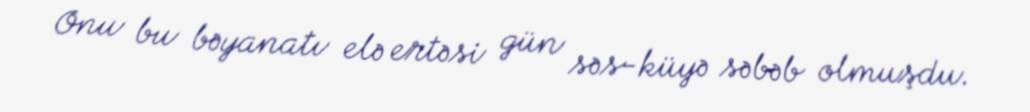
Onu bu bəyanatı elə ertəsi gün səs-küyə səbəb olmuşdu.